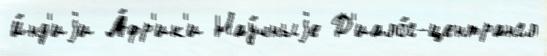
И́нд'иjи А́фр'ик'и Нау́чныjе Д'иало́г-центрангл